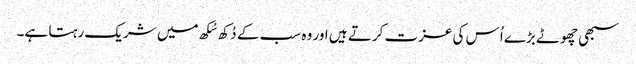
سبھی چھوٹے بڑے اُس کی عزت کرتے ہیں اور وہ سب کے دُکھ سُکھ میں شریک رہتا ہے۔